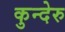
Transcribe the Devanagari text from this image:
कुन्देरु